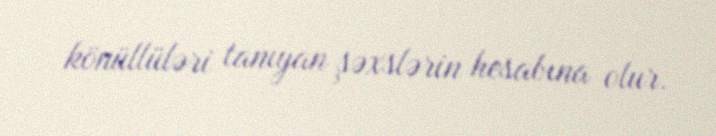
könüllüləri tanıyan şəxslərin hesabına olur.